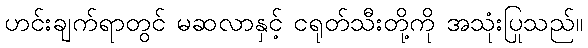
ဟင်းချက်ရာတွင် မဆလာနှင့် ငရုတ်သီးတို့ကို အသုံးပြုသည်။